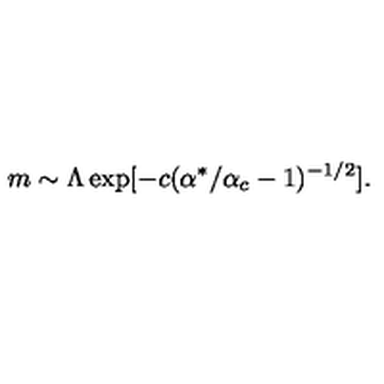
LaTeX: m \sim \Lambda \exp [ - c ( \alpha ^ { * } / \alpha _ { c } - 1 ) ^ { - 1 / 2 } ] .